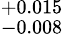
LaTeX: ^{+0.015}_{-0.008}